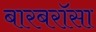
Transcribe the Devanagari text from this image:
बारबरॉसा